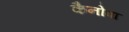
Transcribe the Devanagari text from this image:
कैनोवा